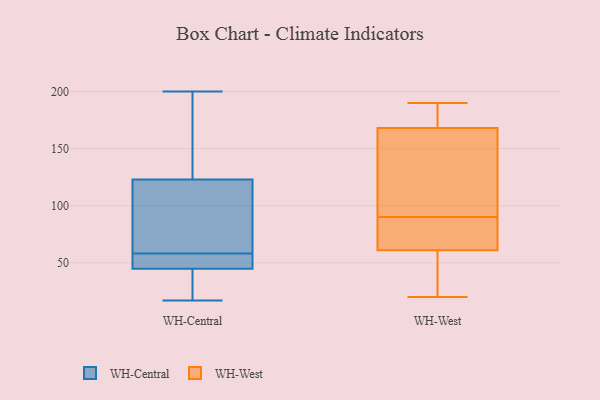
{"axis": {"x": "Population (Million)", "y": "Value"}, "legend": ["WH-Central", "WH-West"], "data": [{"x": "", "y": 79, "type": "WH-Central"}, {"x": "", "y": 23, "type": "WH-Central"}, {"x": "", "y": 100, "type": "WH-Central"}, {"x": "", "y": 114, "type": "WH-Central"}, {"x": "", "y": 55, "type": "WH-Central"}, {"x": "", "y": 42, "type": "WH-Central"}, {"x": "", "y": 58, "type": "WH-Central"}, {"x": "", "y": 40, "type": "WH-Central"}, {"x": "", "y": 104, "type": "WH-Central"}, {"x": "", "y": 17, "type": "WH-Central"}, {"x": "", "y": 53, "type": "WH-Central"}, {"x": "", "y": 53, "type": "WH-Central"}, {"x": "", "y": 41, "type": "WH-Central"}, {"x": "", "y": 200, "type": "WH-Central"}, {"x": "", "y": 55, "type": "WH-Central"}, {"x": "", "y": 149, "type": "WH-Central"}, {"x": "", "y": 164, "type": "WH-Central"}, {"x": "", "y": 158, "type": "WH-Central"}, {"x": "", "y": 126, "type": "WH-Central"}, {"x": "", "y": 162, "type": "WH-West"}, {"x": "", "y": 163, "type": "WH-West"}, {"x": "", "y": 55, "type": "WH-West"}, {"x": "", "y": 91, "type": "WH-West"}, {"x": "", "y": 78, "type": "WH-West"}, {"x": "", "y": 185, "type": "WH-West"}, {"x": "", "y": 184, "type": "WH-West"}, {"x": "", "y": 63, "type": "WH-West"}, {"x": "", "y": 173, "type": "WH-West"}, {"x": "", "y": 32, "type": "WH-West"}, {"x": "", "y": 20, "type": "WH-West"}, {"x": "", "y": 59, "type": "WH-West"}, {"x": "", "y": 76, "type": "WH-West"}, {"x": "", "y": 190, "type": "WH-West"}, {"x": "", "y": 114, "type": "WH-West"}, {"x": "", "y": 89, "type": "WH-West"}]}